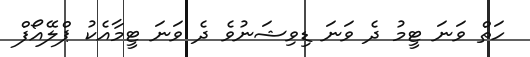
ހަތް ވަނަ ޓީމު ދެ ވަނަ ޑިވިޝަނުވެ ދެ ވަނަ ޓީމާއެކު ޕްލޭއޯފް